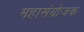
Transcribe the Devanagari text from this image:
महासंयोजक